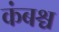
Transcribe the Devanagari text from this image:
कंबश्च